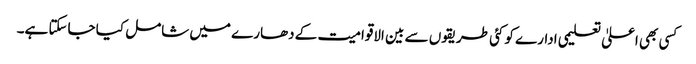
کسی بھی اعلیٰ تعلیمی ادارے کو کئی طریقوں سے بین الاقوامیت کے دھارے میں شامل کیا جاسکتا ہے۔